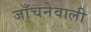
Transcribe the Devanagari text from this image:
जाँचनेवाली